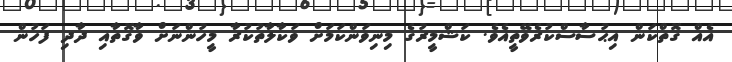
އެއް ގޮތްކަން އިޙުސާސްކުރެވޭތީއެވެ. ކަޝްމީރުގެ މިނިވަންކަމަށް ވަކާލާތުކުރާ މީހުންނަށް ވާގޮތާއި ދާދި ފަހުން